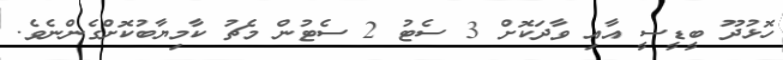
ހޮޅުދޫ ބީޑީސީ އާއި ވާދަކޮށް 3 ސެޓު 2 ސެޓުން މެޗު ކާމިޔާބުކޮށްގެންނެވެ.